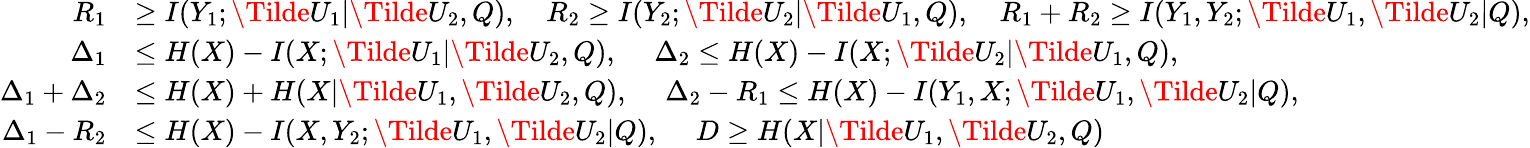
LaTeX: \begin{array}{rl}{R_{1}}&{\ge I(Y_{1};\Tilde{U}_{1}|\Tilde{U}_{2},Q),~~~~R_{2}\ge I(Y_{2};\Tilde{U}_{2}|\Tilde{U}_{1},Q),~~~~R_{1}+R_{2}\ge I(Y_{1},Y_{2};\Tilde{U}_{1},\Tilde{U}_{2}|Q),}\\ {\Delta_{1}}&{\le H(X)-I(X;\Tilde{U}_{1}|\Tilde{U}_{2},Q),~~~~~\Delta_{2}\le H(X)-I(X;\Tilde{U}_{2}|\Tilde{U}_{1},Q),}\\ {\Delta_{1}+\Delta_{2}}&{\le H(X)+H(X|\Tilde{U}_{1},\Tilde{U}_{2},Q),~~~~~\Delta_{2}-R_{1}\le H(X)-I(Y_{1},X;\Tilde{U}_{1},\Tilde{U}_{2}|Q),}\\ {\Delta_{1}-R_{2}}&{\le H(X)-I(X,Y_{2};\Tilde{U}_{1},\Tilde{U}_{2}|Q),~~~~~D\ge H(X|\Tilde{U}_{1},\Tilde{U}_{2},Q)}\end{array}